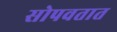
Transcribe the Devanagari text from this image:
सोपवतात